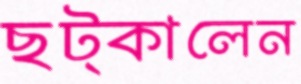
ছট্‌কালেন